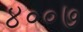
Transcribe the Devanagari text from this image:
४००७